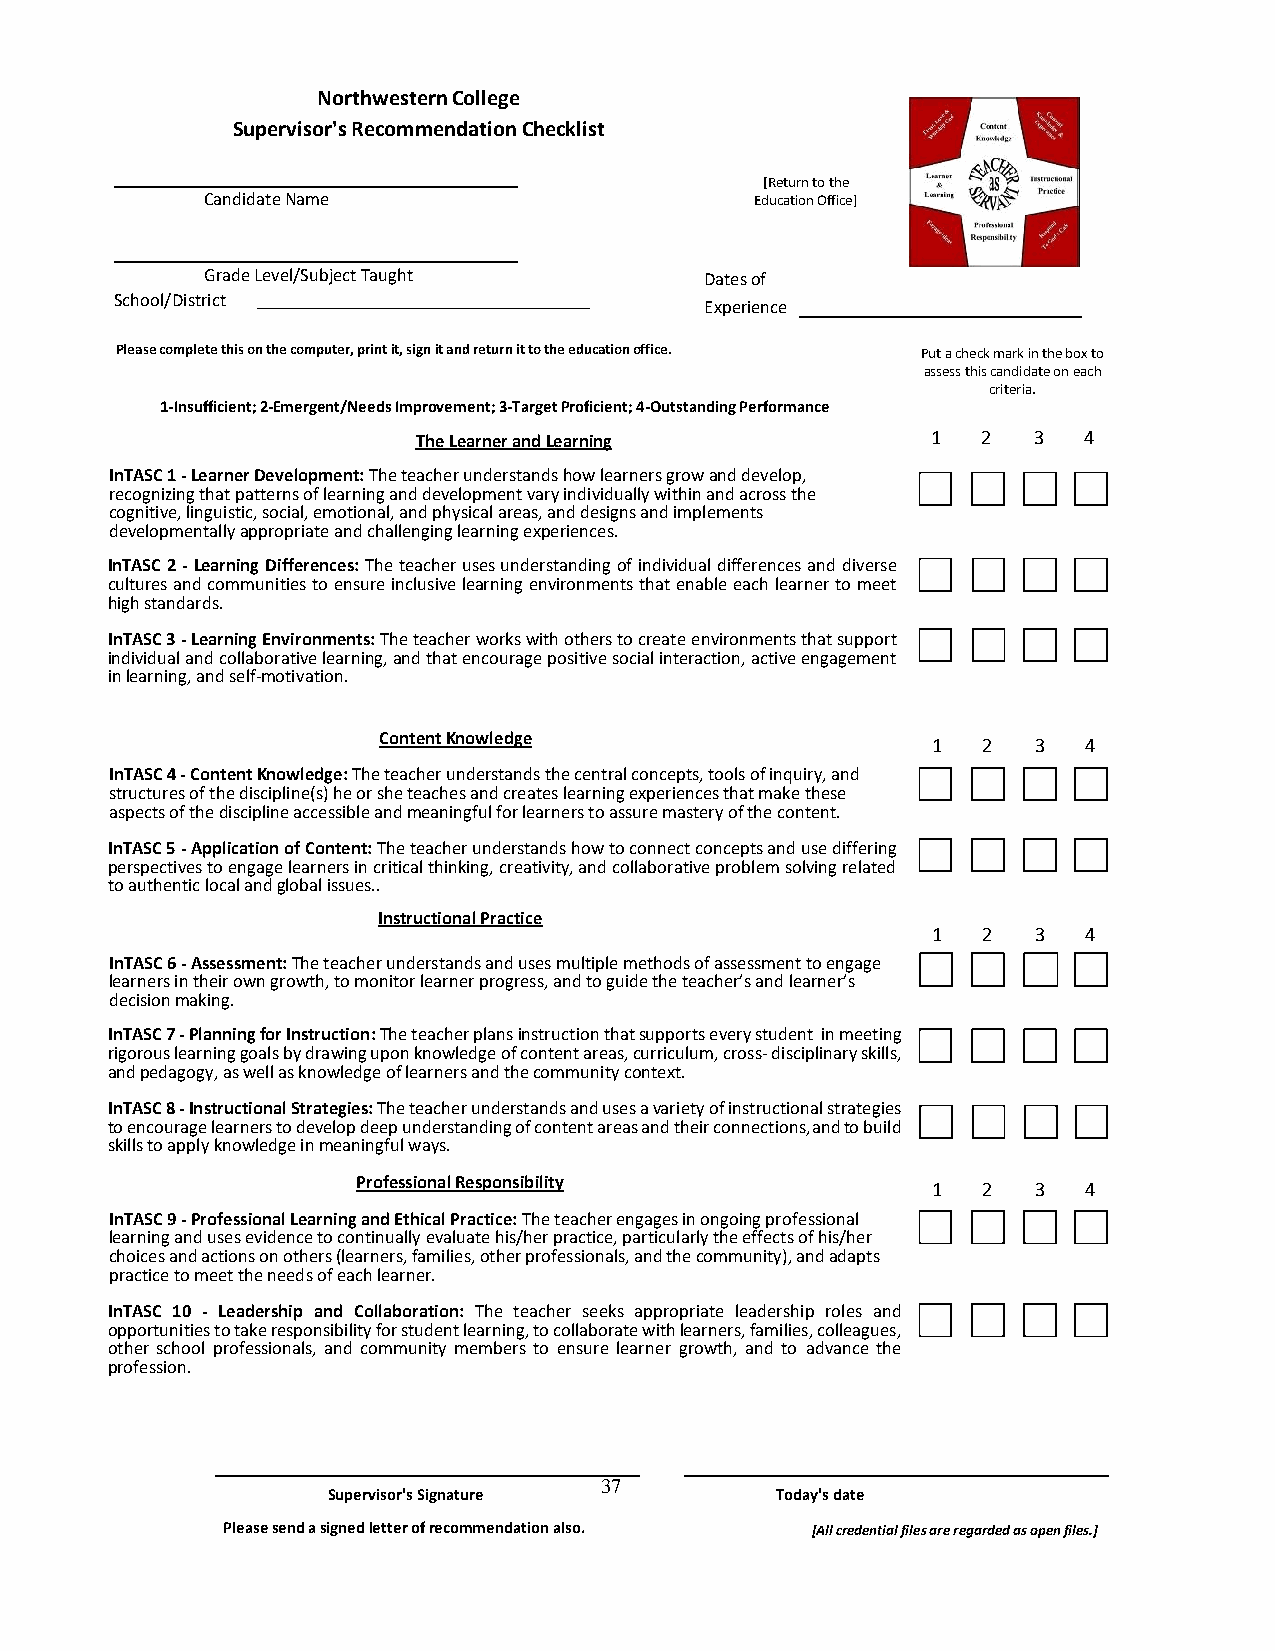
Northwestern College
 Supervisor's Recommendation Checklist
 [Return to the
 Candidate Name                      Education Office]
 Grade Level/Subject Taught       Dates of
 School/District
 Experience
 Please complete this on the computer, print it, sign it and return it to the education office. Put a check mark in the box to
 assess this candidate on each
 criteria.
 1-Insufficient; 2-Emergent/Needs Improvement; 3-Target Proficient; 4-Outstanding Performance
 The Learner and Learning          1  2  3   4
 InTASC 1 - Learner Development: The teacher understands how learners grow and develop,
 recognizing that patterns of learning and development vary individually within and across the
 cognitive, linguistic, social, emotional, and physical areas, and designs and implements
 developmentally appropriate and challenging learning experiences.
 InTASC 2 - Learning Differences: The teacher uses understanding of individual differences and diverse
 cultures and communities to ensure inclusive learning environments that enable each learner to meet
 high standards.
 InTASC 3 - Learning Environments: The teacher works with others to create environments that support
 individual and collaborative learning, and that encourage positive social interaction, active engagement
 in learning, and self-motivation.
 Content Knowledge                    1  2  3   4
 InTASC 4 - Content Knowledge: The teacher understands the central concepts, tools of inquiry, and
 structures of the discipline(s) he or she teaches and creates learning experiences that make these
 aspects of the discipline accessible and meaningful for learners to assure mastery of the content.
 InTASC 5 - Application of Content: The teacher understands how to connect concepts and use differing
 perspectives to engage learners in critical thinking, creativity, and collaborative problem solving related
 to authentic local and global issues..
 Instructional Practice
 1  2  3   4
 InTASC 6 - Assessment: The teacher understands and uses multiple methods of assessment to engage
 learners in their own growth, to monitor learner progress, and to guide the teacher’s and learner’s
 decision making.
 InTASC 7 - Planning for Instruction: The teacher plans instruction that supports every student in meeting
 rigorous learning goals by drawing upon knowledge of content areas, curriculum, cross- disciplinary skills,
 and pedagogy, as well as knowledge of learners and the community context.
 InTASC 8 - Instructional Strategies: The teacher understands and uses a variety of instructional strategies
 to encourage learners to develop deep understanding of content areas and their connections, and to build
 skills to apply knowledge in meaningful ways.
 Professional Responsibility
 1  2  3   4
 InTASC 9 - Professional Learning and Ethical Practice: The teacher engages in ongoing professional
 learning and uses evidence to continually evaluate his/her practice, particularly the effects of his/her
 choices and actions on others (learners, families, other professionals, and the community), and adapts
 practice to meet the needs of each learner.
 InTASC 10 - Leadership and Collaboration: The teacher seeks appropriate leadership roles and
 opportunities to take responsibility for student learning, to collaborate with learners, families, colleagues,
 other school professionals, and community members to ensure learner growth, and to advance the
 profession.
 37
 Supervisor's Signature       Today's date
 Please send a signed letter of recommendation also. [All credential files are regarded as open files.]